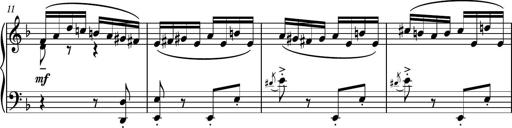
Title: Piano Sonatina No.1
Composer: Dimitri Sykias
Key: D minor